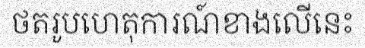
ថតរូបហេតុការណ៍ខាងលើនេះ